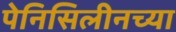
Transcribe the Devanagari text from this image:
पेनिसिलीनच्या